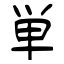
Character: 単